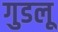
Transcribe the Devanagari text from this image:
गुडलू